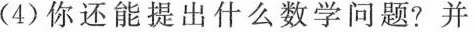
(4) 你还能提出什么数学问题? 并